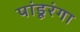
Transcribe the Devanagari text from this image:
पांडूरंगा